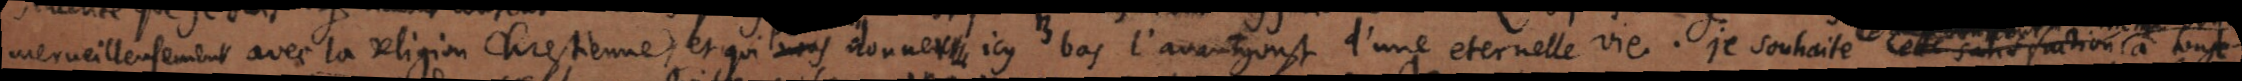
merveilleusement avec la religion Chrestienne et qui donner icy bas l’avantgoust d’une eternelle vie. je souhaite cette satisfaction a tout